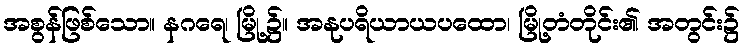
အစွန်ဖြစ်သော။ နဂရေ၊ မြို့၌။ အနုပရိယာယပထော၊ မြို့တံတိုင်း၏ အတွင်း၌